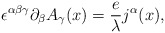
\begin{align*}\epsilon^{\alpha\beta\gamma}\partial_{\beta}A_{\gamma}(x)=\frac{e}{\lambda}j^{\alpha}(x),\end{align*}